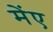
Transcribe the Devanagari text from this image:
मेंए